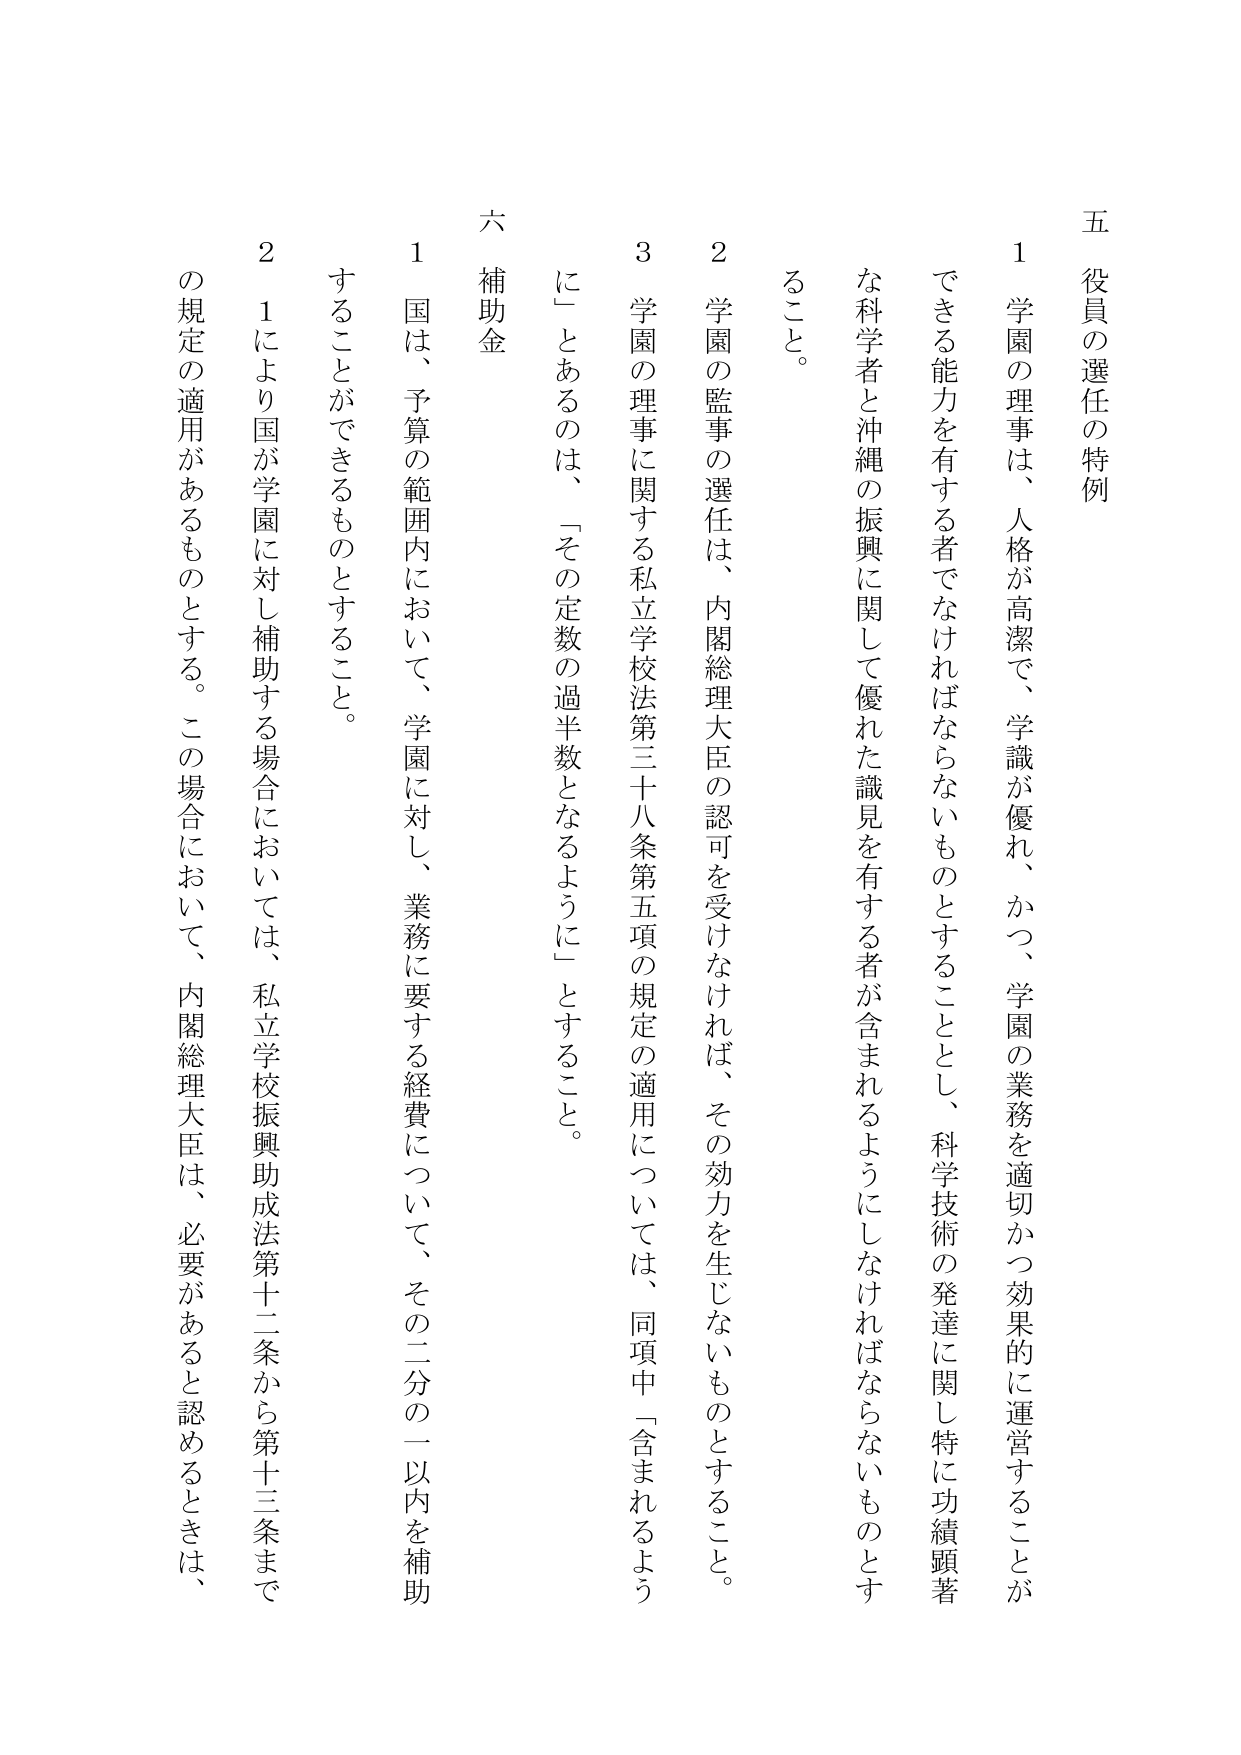
五 役員の選任の特例
1 学園の理事は、人格が高潔で、学識が優れ、かつ、学園の業務を適切かつ効果的に運営することができる能力を有する者でなければならないものとすることとし、科学技術の発達に関して特に功績顕著な科学者と沖縄の振興に関して優れた識見を有する者が含まれるようにしなければならないものとする。
2 学園の監事の選任は、内閣総理大臣の認可を受けなければ、その効力を生じないものとすること。
3 学園の理事に関する私立学校法第三十八条第五項の規定の適用については、同項中「含まれるよう」にあるのは、「その定数の過半数となるように」とすること。

六 補助金
1 国は、予算の範囲内において、学園に対し、業務に要する経費について、その二分の一以内を補助することができるものとすること。
2 1により国が学園に対し補助する場合においては、私立学校振興助成法第十二条から第十三条までの規定の適用があるものとする。この場合において、内閣総理大臣は、必要があると認めるときは、